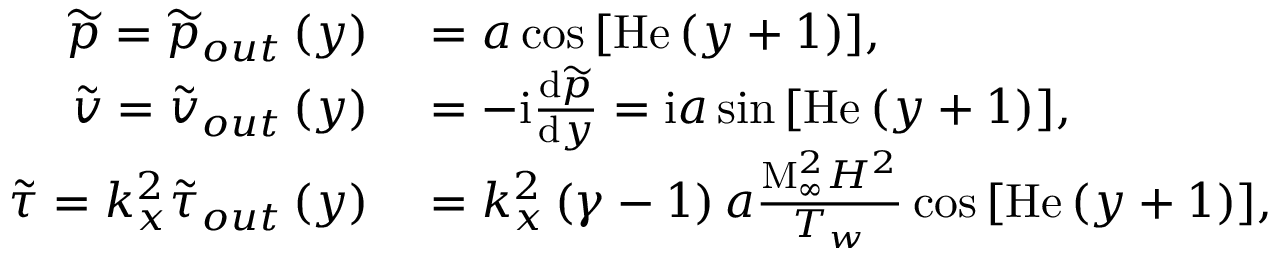
\begin{array} { r l } { \widetilde { p } = \widetilde { p } _ { o u t } \left( y \right) } & { { } = a \cos { \left[ \mathrm { H e } \left( y + 1 \right) \right] } , } \\ { \widetilde { v } = \widetilde { v } _ { o u t } \left( y \right) } & { { } = - \mathrm { i } \frac { \mathrm { d } \widetilde { p } } { \mathrm { d } y } = \mathrm { i } a \sin { \left[ \mathrm { H e } \left( y + 1 \right) \right] } , } \\ { \widetilde { \tau } = k _ { x } ^ { 2 } \widetilde { \tau } _ { o u t } \left( y \right) } & { { } = k _ { x } ^ { 2 } \left( \gamma - 1 \right) a \frac { \mathrm { M } _ { \infty } ^ { 2 } H ^ { 2 } } { T _ { w } } \cos { \left[ \mathrm { H e } \left( y + 1 \right) \right] } , } \end{array}